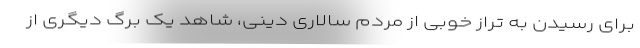
برای رسیدن به تراز خوبی از مردم سالاری دینی، شاهد یک برگ دیگری از